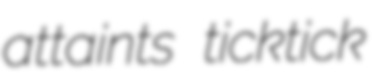
attaints ticktick